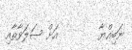
ނަބިއްޔާ        އަށް ޞަލަވާތާއި